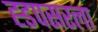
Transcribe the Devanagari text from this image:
ह्डपसरला